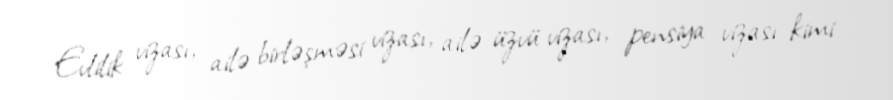
Evlilik vizası, ailə birləşməsi vizası, ailə üzvü vizası, pensiya vizası kimi